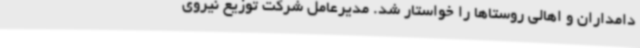
دامداران و اهالی روستاها را خواستار شد. مدیرعامل شرکت توزیع نیروی